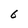
Character: 6